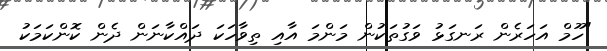
"ހޫމް އަހަރެން ރަނގަޅު ވަގުތަކުން މަންމަ އާއި ތިވާހަކަ ދައްކާނަން ދެން ކޮންކަމަކު